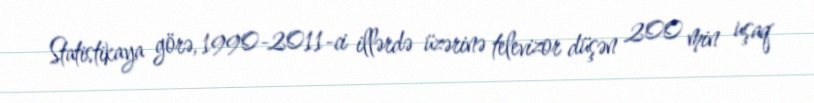
Statistikaya görə, 1990-2011-ci illərdə üzərinə televizor düşən 200 min uşaq